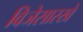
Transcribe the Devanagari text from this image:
विजेसारखे